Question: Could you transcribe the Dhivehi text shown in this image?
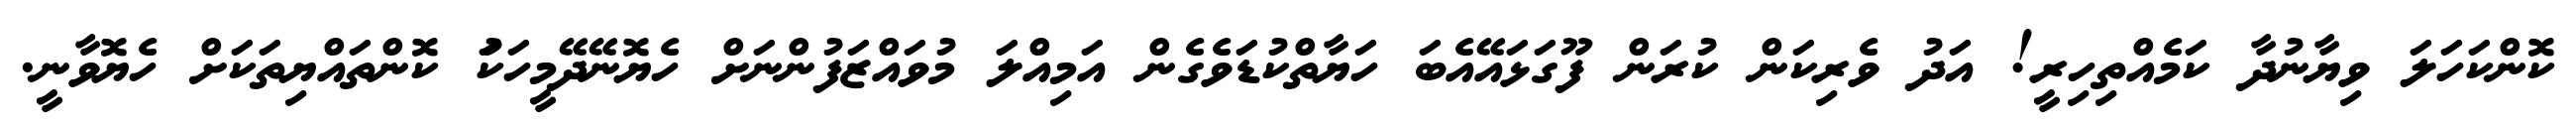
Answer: ކޮންކަހަލަ ވިޔާނުދާ ކަމެއްތިހިރީ! އަދު ވެރިކަން ކުރަން ފޫގަޅައޭއެބަ ހަޔާތްކުޑަވެގެން އަމިއްލަ މުވައްޒަފުންނަށް ހެޔޮނޭދޭމީހަކަު ކޮންތައްޔިތަކަށް ހެޔޮވާނީ.